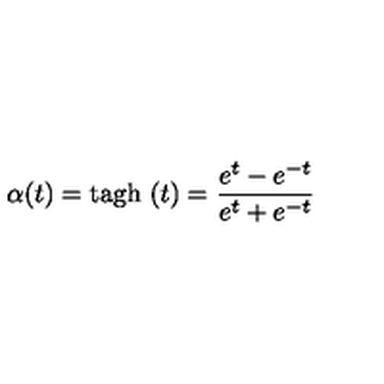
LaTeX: \alpha ( t ) = \mathrm { t a g h } \ ( t ) = \frac { e ^ { t } - e ^ { - t } } { e ^ { t } + e ^ { - t } }